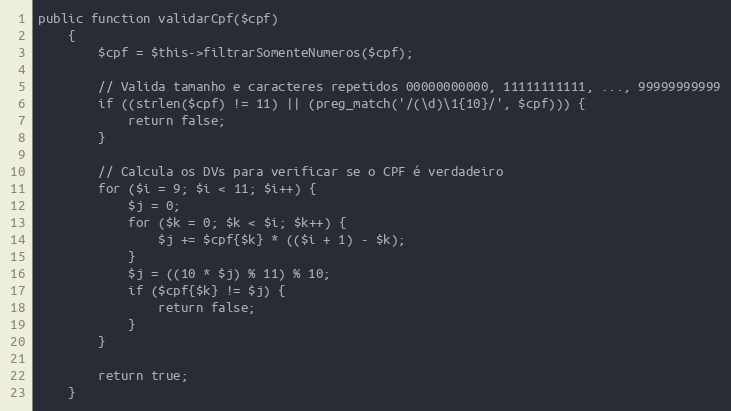
Language: PHP
public function validarCpf($cpf)
    {
        $cpf = $this->filtrarSomenteNumeros($cpf);

        // Valida tamanho e caracteres repetidos 00000000000, 11111111111, ..., 99999999999
        if ((strlen($cpf) != 11) || (preg_match('/(\d)\1{10}/', $cpf))) {
            return false;
        }

        // Calcula os DVs para verificar se o CPF é verdadeiro
        for ($i = 9; $i < 11; $i++) {
            $j = 0;
            for ($k = 0; $k < $i; $k++) {
                $j += $cpf{$k} * (($i + 1) - $k);
            }
            $j = ((10 * $j) % 11) % 10;
            if ($cpf{$k} != $j) {
                return false;
            }
        }

        return true;
    }